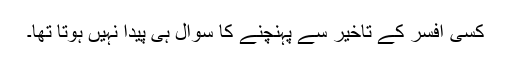
کسی افسر کے تاخیر سے پہنچنے کا سوال ہی پیدا نہیں ہوتا تھا۔